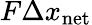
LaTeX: F\Delta x_{\mathrm{net}}